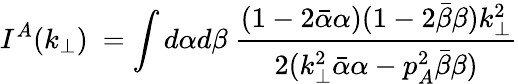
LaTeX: I^{A}(k_{\perp})~=\int d\alpha d\beta~{\frac{(1-2\bar{\alpha}\alpha)(1-2\bar{\beta}\beta)k_{\perp}^{2}}{2(k_{\perp}^{2}\bar{\alpha}\alpha-p_{A}^{2}\bar{\beta}\beta)}}